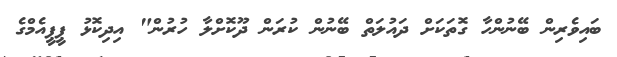
ބައިވެރިން ބޭނުންހާ ގޮތަކަށް ދައުލަތް ބޭނުން ކުރަން ދޫކޮށްލާ ހުރުން" އިދިކޮޅު ޕީޕީއެމްގެ